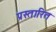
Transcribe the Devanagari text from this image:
प्रस्तारित